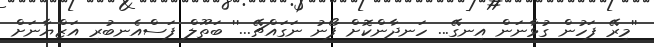
''މިރޭ ފަހުން ގުޅާނަން އިނގޭ... ހަނދާންކޮށް ފޯނު ނަގައްޗޭ...'' ބަތޫލް ފަސްއެނބުރި އަޒްޔާނަށް